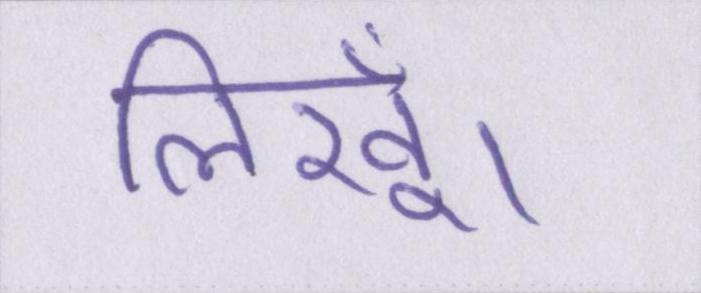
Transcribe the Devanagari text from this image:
लिखूँ।